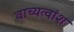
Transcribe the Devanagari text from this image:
वाच्यत्वांश